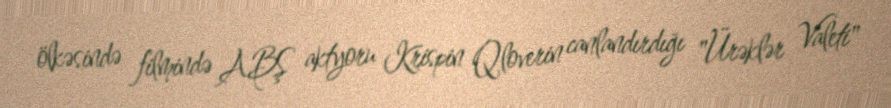
ölkəsində filmində ABŞ aktyoru Krispin Qloverin canlandırdığı "Ürəklər Valeti"